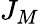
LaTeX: J_{M}